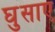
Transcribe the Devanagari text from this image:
घुसाए